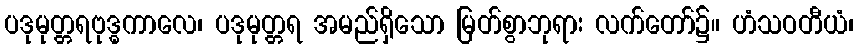
ပဒုမုတ္တရဗုဒ္ဓကာလေ၊ ပဒုမုတ္တရ အမည်ရှိသော မြတ်စွာဘုရား လက်တော်၌။ ဟံသဝတီယံ၊